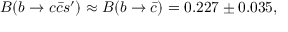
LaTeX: B ( b \rightarrow c \bar { c } s ^ { \prime } ) \approx B ( b \rightarrow \bar { c } ) = 0 . 2 2 7 \pm 0 . 0 3 5 ,